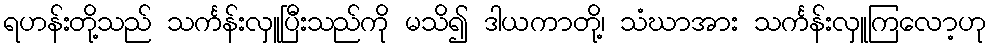
ရဟန်းတို့သည် သင်္ကန်းလှူပြီးသည်ကို မသိ၍ ဒါယကာတို့၊ သံဃာအား သင်္ကန်းလှူကြလော့ဟု